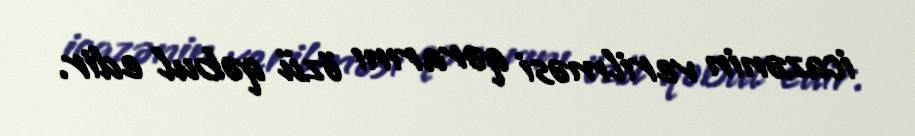
icazənin verilməsi qərarını özü qəbul edir.